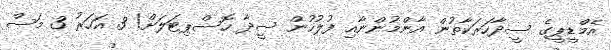
އެމްޑީޕީގެ ސީދާހަރަކާތުން އާންމުންނާއި ފުލުހުން ސީދާ ހޮސްޕިޓަލަށް! 3 އަހަރު 3 މަސް